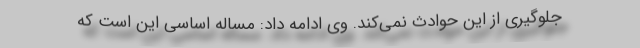
جلوگیری از این حوادث نمی‌کند. وی ادامه داد: مساله اساسی این است که